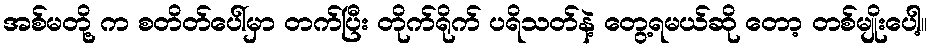
အစ်မတို့ က စတိတ်ပေါ်မှာ တက်ပြီး တိုက်ရိုက် ပရိသတ်နဲ့ တွေ့ရမယ်ဆို တော့ တစ်မျိုးပေါ့။